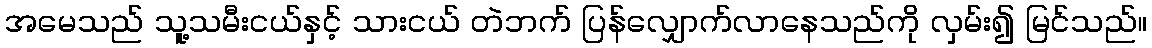
အမေသည် သူ့သမီးငယ်နှင့် သားငယ် တဲဘက် ပြန်လျှောက်လာနေသည်ကို လှမ်း၍ မြင်သည်။